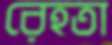
রেহতা